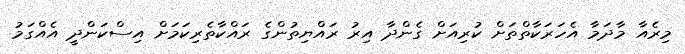
މިރެއާ މާދަމާ އެހަރަކާތްތަށް ކުރިއަށް ގެންދާ އިރު ރައްޔިތުންގެ ރައްކާތެރިކަމަށް އިސްކަންދީ އެއްގަމު